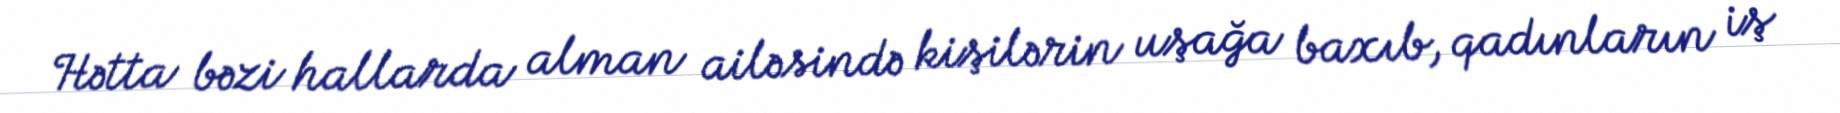
Hətta bəzi hallarda alman ailəsində kişilərin uşağa baxıb, qadınların iş